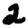
Digit: 2